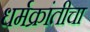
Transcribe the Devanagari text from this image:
धर्मक्रांतीचा